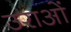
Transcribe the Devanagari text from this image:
उराओं